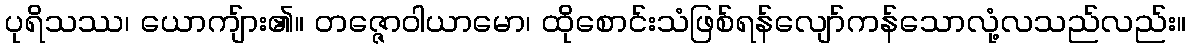
ပုရိသဿ၊ ယောကျ်ား၏။ တဇ္ဇောဝါယာမော၊ ထိုစောင်းသံဖြစ်ရန်လျော်ကန်သောလုံ့လသည်လည်း။